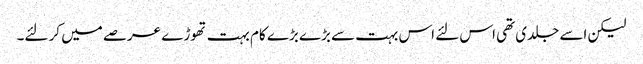
لیکن اسے جلدی تھی اس لئے اس بہت سے بڑے بڑے کام بہت تھوڑے عرصے میں کر لئے۔